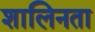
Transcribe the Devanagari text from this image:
शालिनता